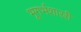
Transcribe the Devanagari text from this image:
भूगर्भशास्री